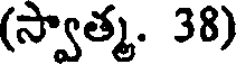
(స్వాత్మ. 38)